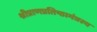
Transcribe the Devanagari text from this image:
श्रीप्राणप्रतिष्ठामंत्रस्य